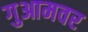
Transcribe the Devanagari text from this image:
गुआमवर